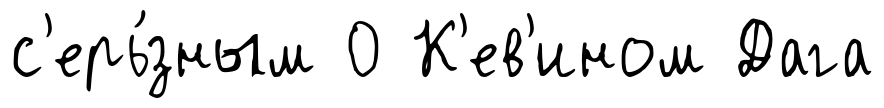
с'ерь́зным 0 К'ев'ином Дага